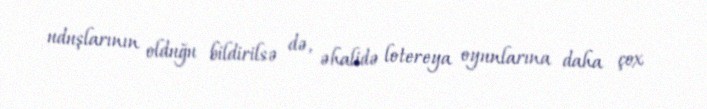
uduşlarının olduğu bildirilsə də, əhalidə lotereya oyunlarına daha çox